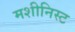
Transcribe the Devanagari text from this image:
मशीनिस्ट